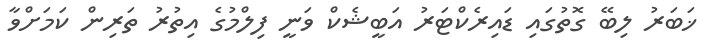
ޚަބަރު ލިބޭ ގޮތުގައި ޑައިރެކްޓަރު އަބީޝެކް ވަނީ ފިލްމުގެ އިތުރު ތަރިން ކަމަށްވާ